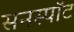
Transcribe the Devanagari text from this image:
सनस्पॉट